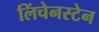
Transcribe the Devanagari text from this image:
लिंचेनस्टेन